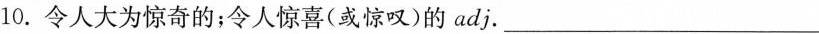
10.令人大为惊奇的；令人惊喜(或惊叹)的adj.___